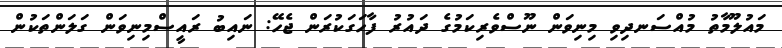
މައުލޫމާތު މުއްސަނދިވި މިނިވަން ނޫސްވެރިކަމުގެ ދައުރު ފާހަގަކުރަން ޖެހޭ: ނައިބު ރައީސްމިނިވަން ގަލަންތަކުން